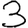
Digit: 3